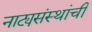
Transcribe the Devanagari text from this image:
नाट्यसंस्थांची